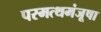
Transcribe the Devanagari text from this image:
परमत्थमंजूषा